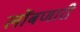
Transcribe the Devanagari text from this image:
लोंबणारी